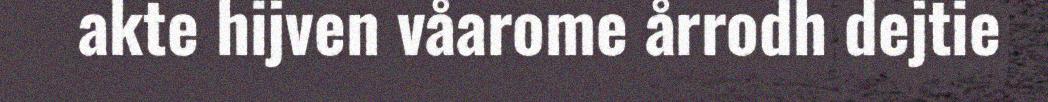
akte hijven våarome årrodh dejtie